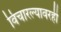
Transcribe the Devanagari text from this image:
विचारल्यावरही